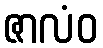
ဇာလံဝ